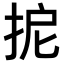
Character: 𢬉